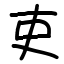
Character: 吏